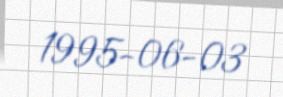
1995-06-03